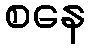
စနေ